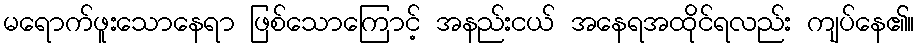
မရောက်ဖူးသောနေရာ ဖြစ်သောကြောင့် အနည်းငယ် အနေရအထိုင်ရလည်း ကျပ်နေ၏။